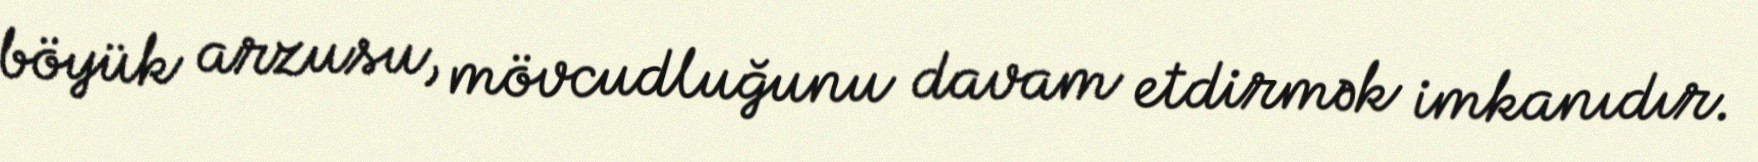
böyük arzusu, mövcudluğunu davam etdirmək imkanıdır.